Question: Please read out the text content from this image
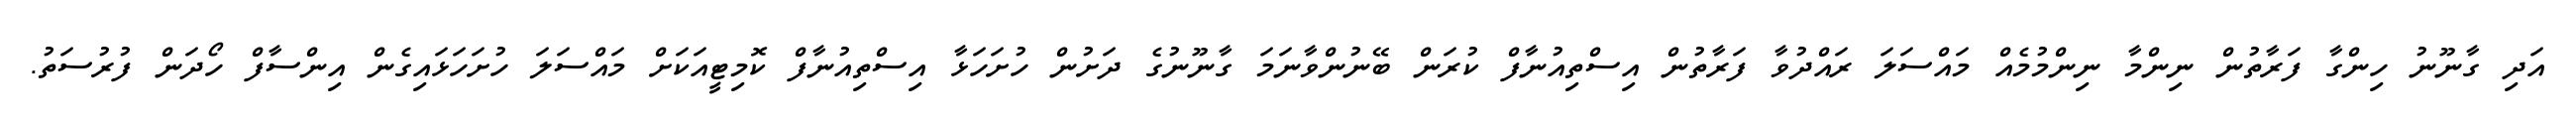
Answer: އަދި ގާނޫނު ހިންގާ ފަރާތުން ނިންމާ ނިންމުމެއް މައްސަލަ ރައްދުވާ ފަރާތުން އިސްތިއުނާފް ކުރަން ބޭނުންވާނަމަ ގާނޫނުގެ ދަށުން ހުށަހަޅާ އިސްތިއުނާފް ކޮމިޓީއަކަށް މައްސަލަ ހުށަހަޅައިގެން އިންސާފް ހޯދަން ފުރުސަތު.